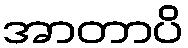
အာတာပိ